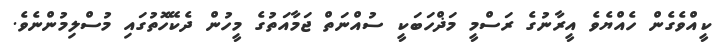
ކީއްވެގެން ހެއްޔެވެ އީރާނުގެ ރަސްމީ މަޛްހަބަކީ ސުއްނަތް ޖަމާއަތުގެ މީހުން ދެކޭހޮތުގައި މުސްލިމުންނެވެ.